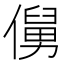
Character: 𱏖